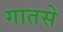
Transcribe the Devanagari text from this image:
गातसे